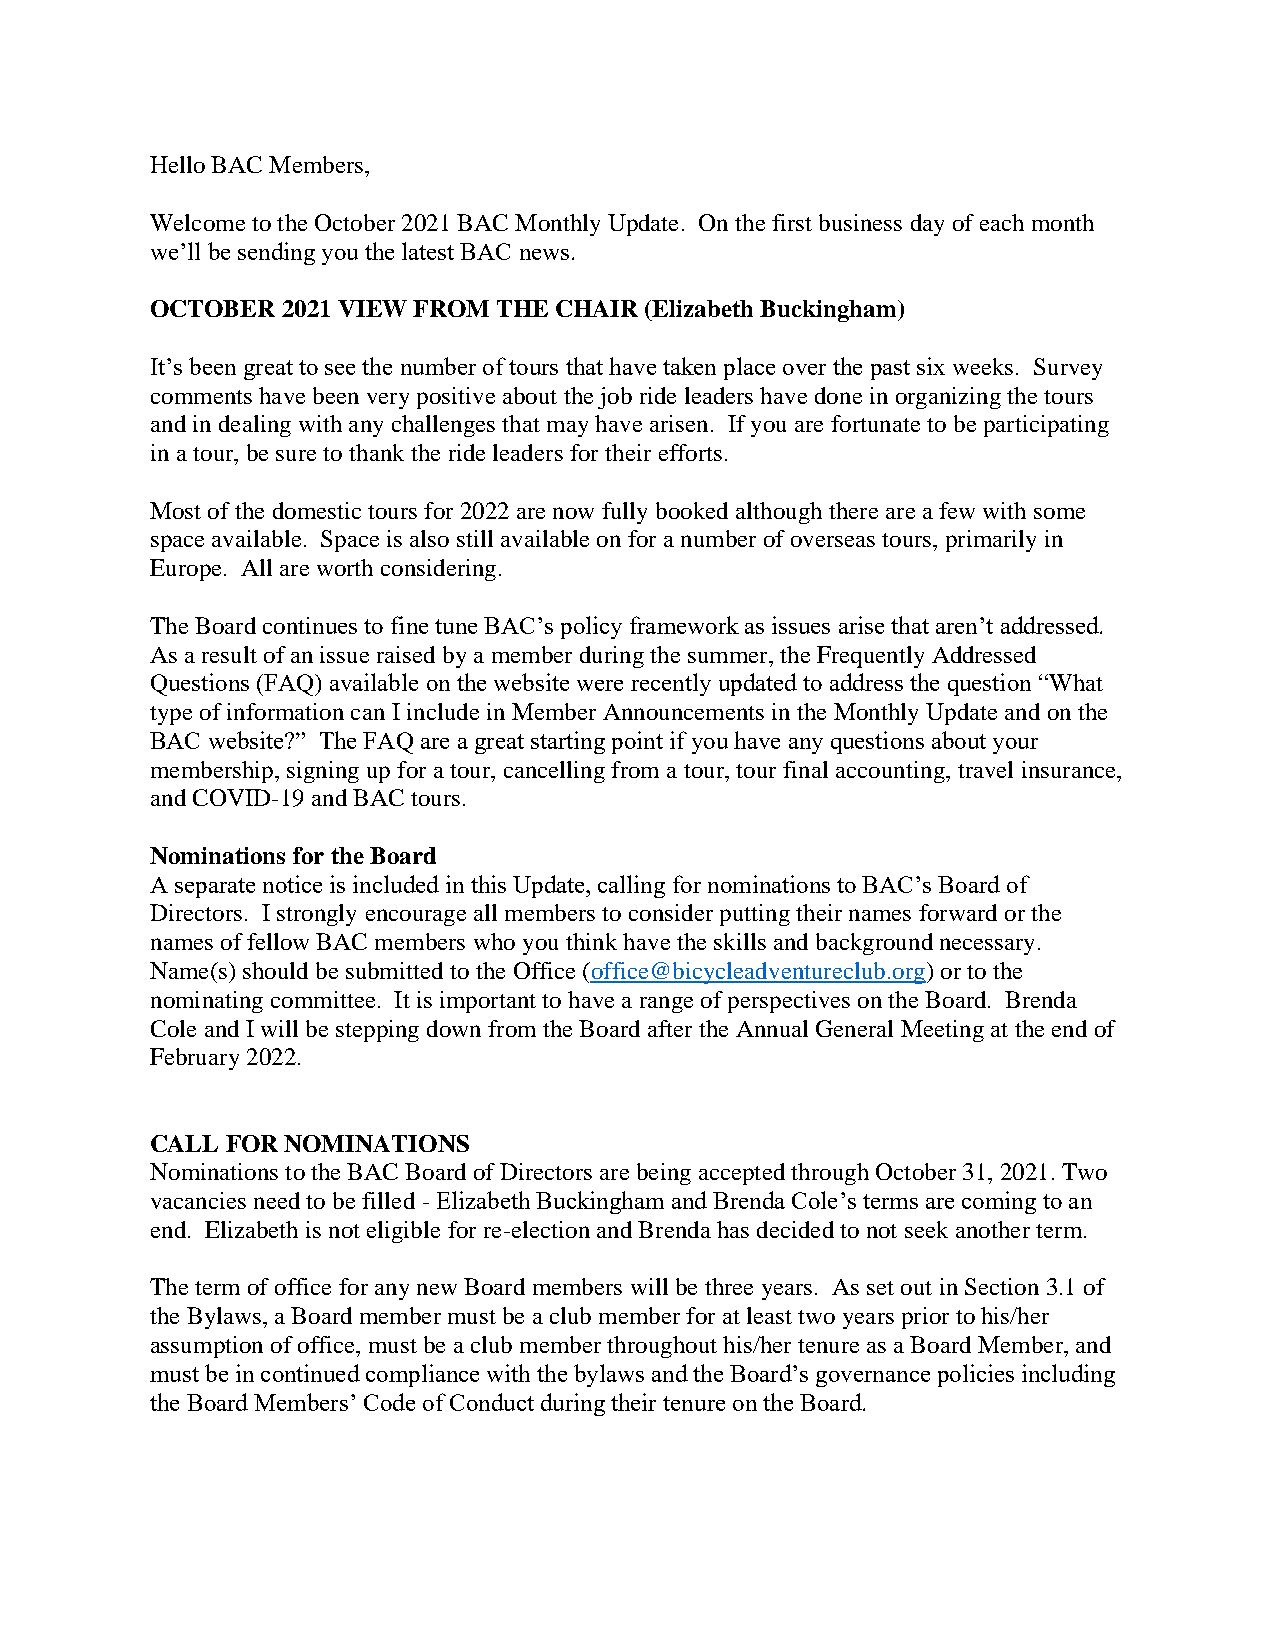
Hello BAC Members,
 Welcome to the October 2021 BAC Monthly Update. On the first business day of each month
 we’ll be sending you the latest BAC news.
 OCTOBER  2021 VIEW FROM THE CHAIR (Elizabeth Buckingham)
 It’s been great to see the number of tours that have taken place over the past six weeks. Survey
 comments have been very positive about the job ride leaders have done in organizing the tours
 and in dealing with any challenges that may have arisen. If you are fortunate to be participating
 in a tour, be sure to thank the ride leaders for their efforts.
 Most of the domestic tours for 2022 are now fully booked although there are a few with some
 space available. Space is also still available on for a number of overseas tours, primarily in
 Europe. All are worth considering.
 The Board continues to fine tune BAC’s policy framework as issues arise that aren’t addressed.
 As a result of an issue raised by a member during the summer, the Frequently Addressed
 Questions (FAQ) available on the website were recently updated to address the question “What
 type of information can I include in Member Announcements in the Monthly Update and on the
 BAC website?” The FAQ are a great starting point if you have any questions about your
 membership, signing up for a tour, cancelling from a tour, tour final accounting, travel insurance,
 and COVID-19 and BAC tours.
 Nominations for the Board
 A separate notice is included in this Update, calling for nominations to BAC’s Board of
 Directors. I strongly encourage all members to consider putting their names forward or the
 names of fellow BAC members who you think have the skills and background necessary.
 Name(s) should be submitted to the Office (office@bicycleadventureclub.org) or to the
 nominating committee. It is important to have a range of perspectives on the Board. Brenda
 Cole and I will be stepping down from the Board after the Annual General Meeting at the end of
 February 2022.
 CALL FOR NOMINATIONS
 Nominations to the BAC Board of Directors are being accepted through October 31, 2021. Two
 vacancies need to be filled - Elizabeth Buckingham and Brenda Cole’s terms are coming to an
 end. Elizabeth is not eligible for re-election and Brenda has decided to not seek another term.
 The term of office for any new Board members will be three years. As set out in Section 3.1 of
 the Bylaws, a Board member must be a club member for at least two years prior to his/her
 assumption of office, must be a club member throughout his/her tenure as a Board Member, and
 must be in continued compliance with the bylaws and the Board’s governance policies including
 the Board Members’ Code of Conduct during their tenure on the Board.